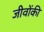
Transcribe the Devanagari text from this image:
जीवोंकी